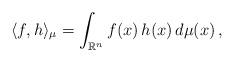
LaTeX: \begin{align*} \langle f, h\rangle_\mu = \int_{\mathbb{R}^n} f(x)\,h(x)\,d\mu(x)\,, \end{align*}